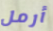
أرمل